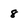
Character: 8